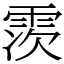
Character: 䨏